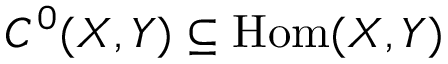
C ^ { 0 } ( X , Y ) \subseteq { \mathrm { H o m } } ( X , Y )